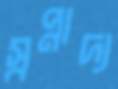
স্বপ্নাদ্য